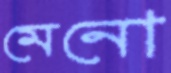
মেনো